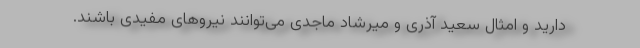
دارید و امثال سعید آذری و میرشاد ماجدی می‌توانند نیروهای مفیدی باشند.